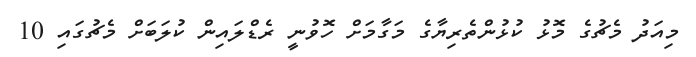
މިއަދު މެޗުގެ މޮޅު ކުޅުންތެރިޔާގެ މަގާމަށް ހޮވުނީ ރެޑްލައިން ކުލަބަށް މެޗުގައި 10